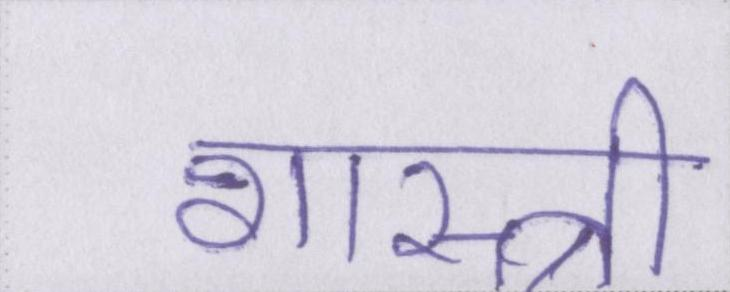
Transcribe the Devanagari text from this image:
शास्त्री